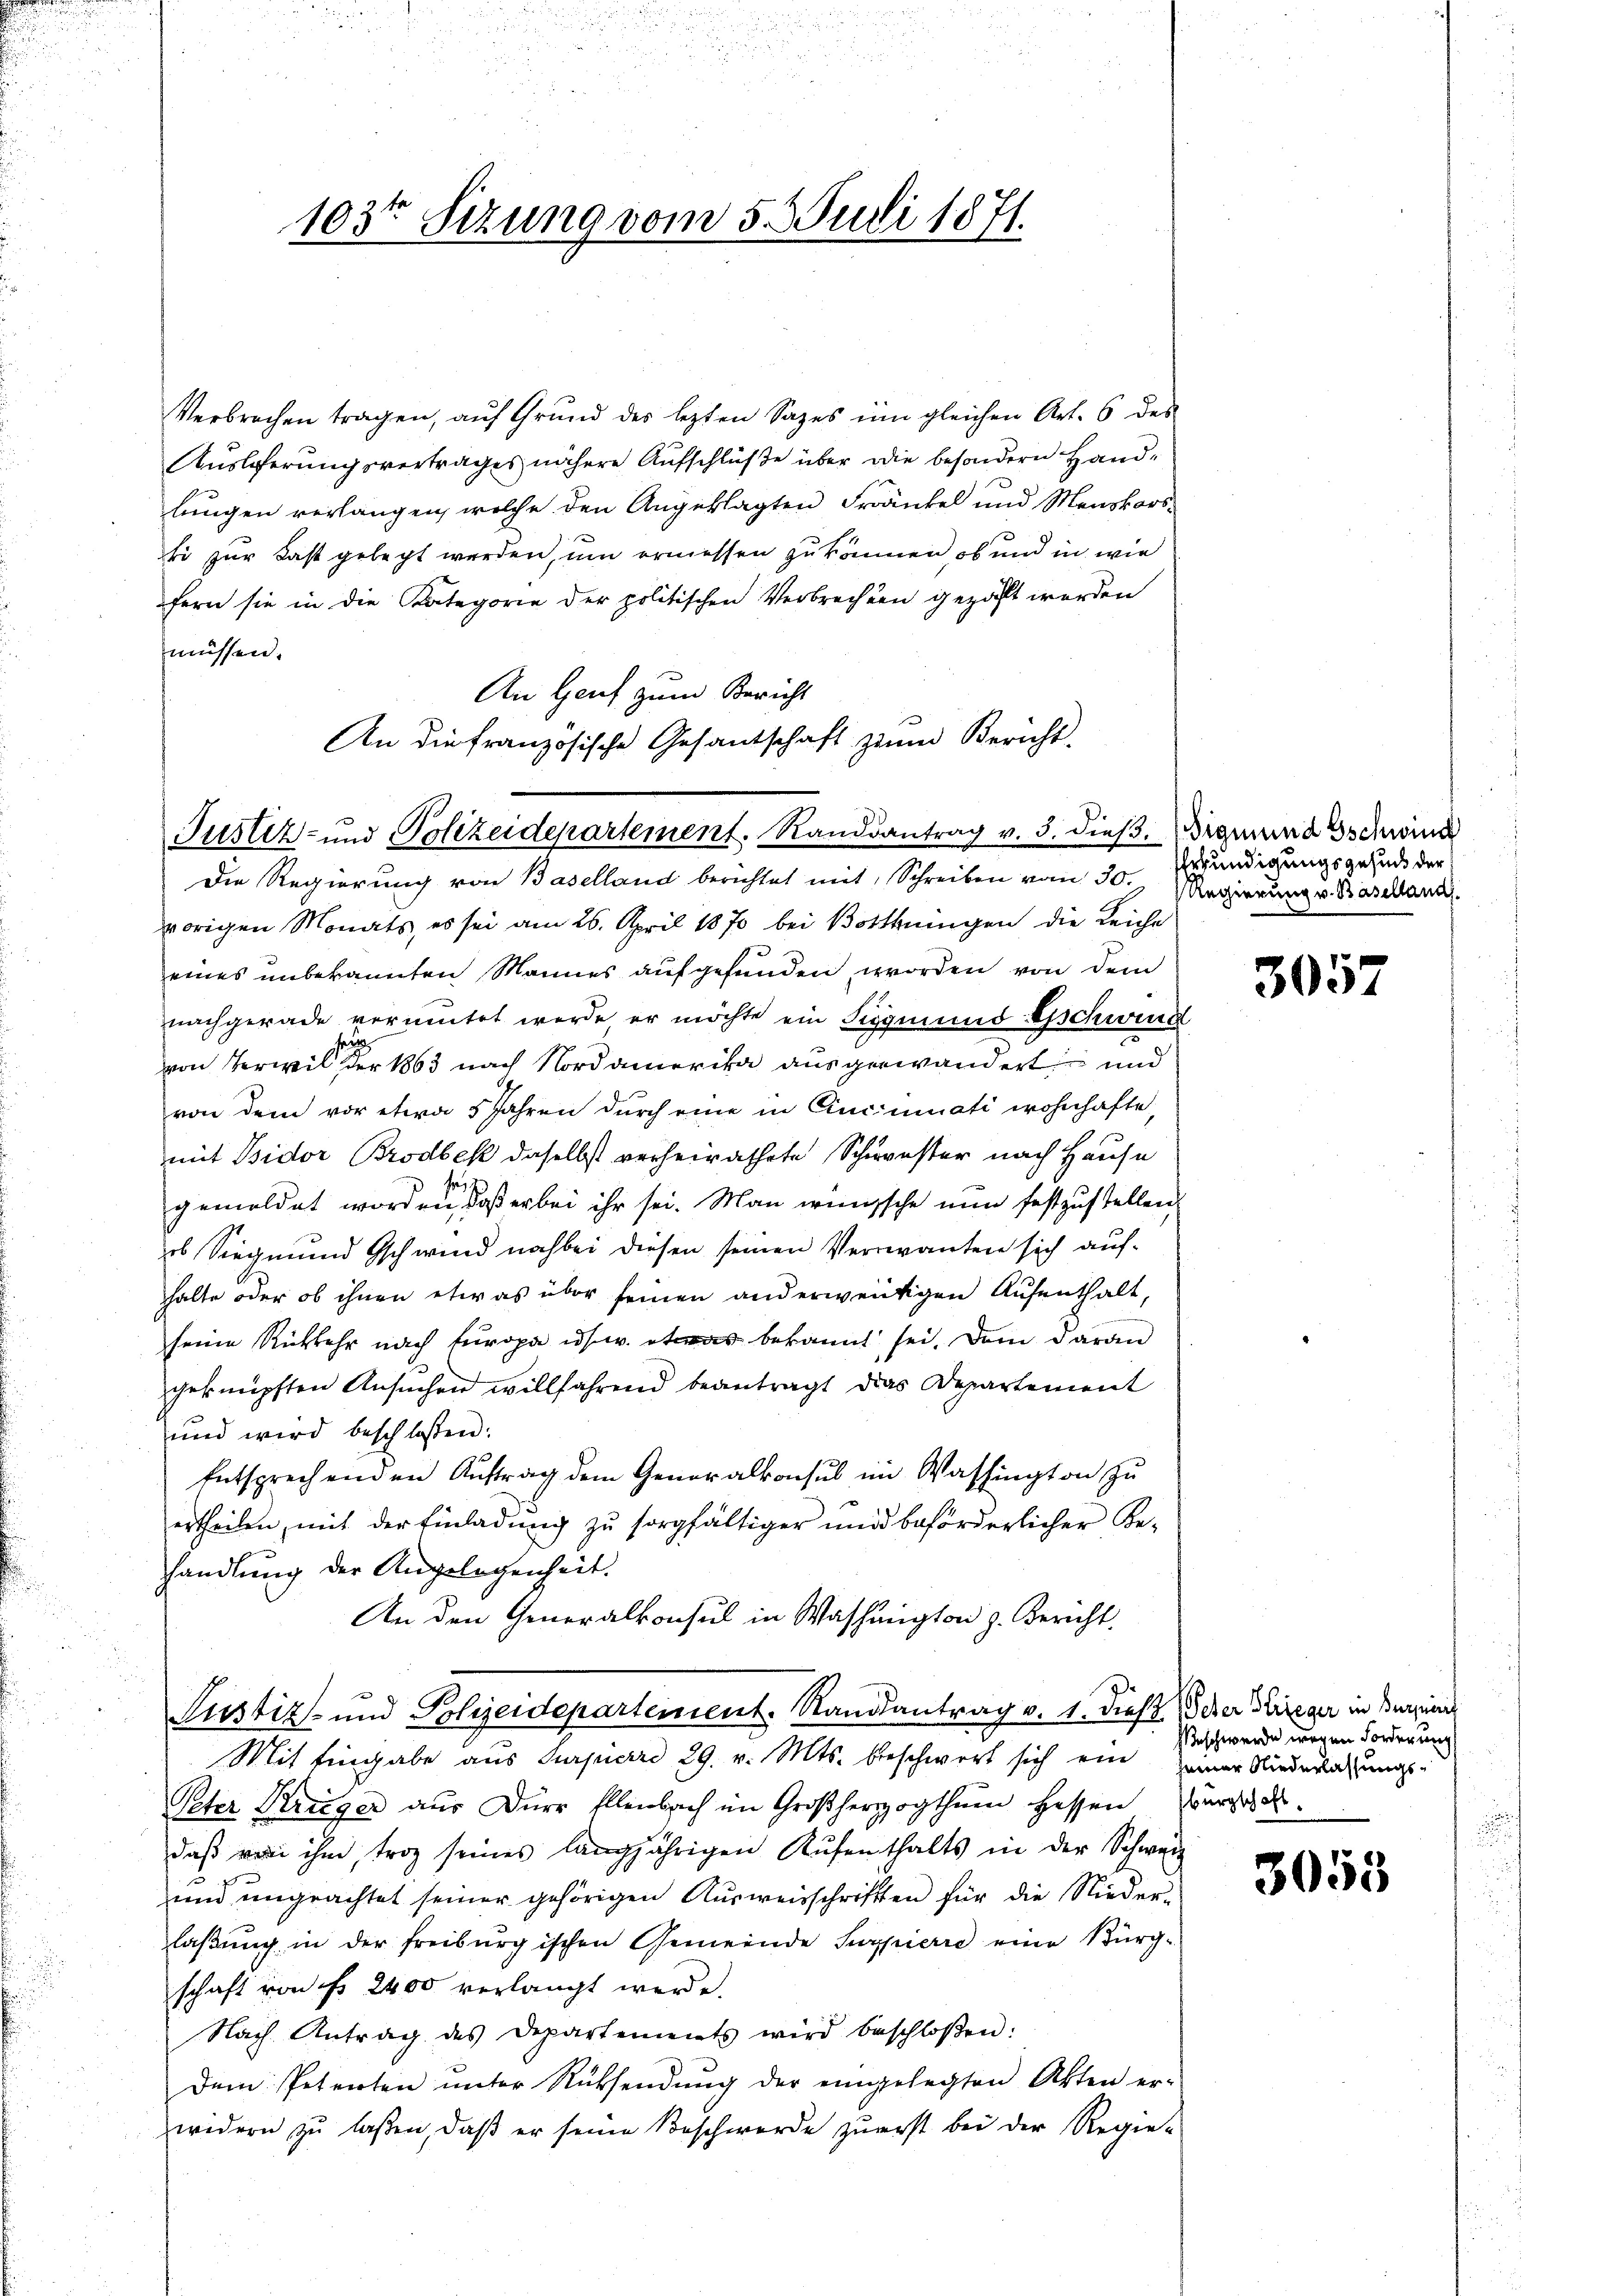
103t Setzung vom 5. Juli 1871.

Verbrochen tragen, aŭf Grund des lezten Sazes im gleichen Art. 6 des
Auslieferungsvertrages nähere Aufschlüße über die besondern Handlungen verlangen, welche den Angeklagten Fränkel und Menskorsti zur Last gelegt werden, um ermessen zu können, ob und in wie
fern sie in die Kategorie der politischen Verbrechen gezahlt werden
müssen.
An Genf zum Bericht
An die französische Gesandtschaft zum Bericht-
Die Regierung von Baselland berichtet mit Schreiben vom 30. Regierung v. Baselland
vorigen Monats, es sei am 26. April 1870 bei Botthningen die Leiche
eines unbekannten Mannes aufgefunden, worden von dem
nachgerade vermutet werde, er möchte ein Siggmund Gschwind
von Verwil er 1863 nach Nordamerika ausgewandert und
von dem vor etwa 5 Jahren durch eine in Cincinati wohnhafte,
mit Bidor Brodbek daselbst verheirathete Schwester nach Hause
he,
gemeldet worden, daß er bei ihr sei. Man wünsche nun festzustellen,
ob Siegmund Ischwind noch bei diesen seinen Veranten sich aufhalte oder ob ihnen etwas über seinen anderweitigen Aufenthalt,
seine Rückkehr nach Europa usw. etwas bekannt sei. Dem daran
geknüpften Ansŭchen willfahrend beantragt das Departement
und wird beschlossen:
Entsprechenden Auftrag dem Generalkonsul im Washington zu
ertheilen, mit der Einladŭng zŭ sorgfältiger und beförderlicher Be-
handlung der Angelegenheit.
An den Generalkonsul in Washington z. Bericht,
Justiz- und Polizeidepartement. Standsantrag v. 1. Dies Scher Krieger in Burgunde
Mit Eingabe aus Surpierre 29. v. Mts. beschwert sich ein seiner Niederlaßungs-
Peter Krüger aus Dürr Ellenbach im Großherzogthum Hessen Zurzac
daβ von ihm troz seines langjährigen Aŭfenthalts in der Schweiz
und ungeachtet seiner gehörigen Ausweisschriften für die Niederlaßung in der freiburgischen Gemeinde Suppierre eine Bürg-
schaft von fr. 2400 verlangt werde.
Nach Antrag des Departements wird beschloßen:
Dem Petenten ŭnter Rücksendŭng der eingelegten Akten er-
widern zu lassen, daß er seine Beschwerde zuerst bei der Regie-

Justiz- und Polizeidepartement. Randsantrag v. 3. dieß. Sigmund Gschwinde

Erkundigungsgesund der

3057

eschwerde wegen Forderung

3055